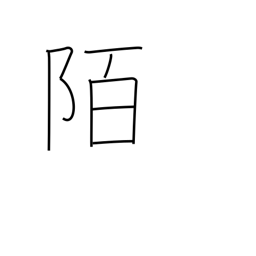
Meaning: road